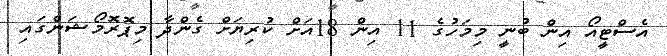
އެސްޓީއޯ އިން ބުނީ މިމަހުގެ 11 އިން 18އަށް ކުރިޔަށް ގެންދާ މިޕޮރޮމޯޝަންގައި